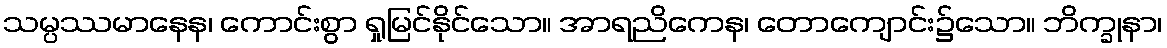
သမ္ပဿမာနေန၊ ကောင်းစွာ ရှုမြင်နိုင်သော။ အာရညိကေန၊ တောကျောင်း၌သော။ ဘိက္ခုနာ၊